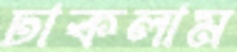
ঢাকলাম